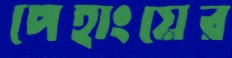
পেহাংয়ের